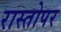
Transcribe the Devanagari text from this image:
रास्तोपर